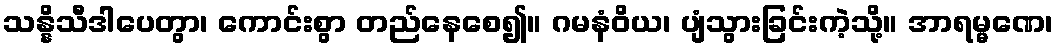
သန္နိသီဒါပေတွာ၊ ကောင်းစွာ တည်နေစေ၍။ ဂမနံဝိယ၊ ပျံသွားခြင်းကဲ့သို့။ အာရမ္မဏေ၊